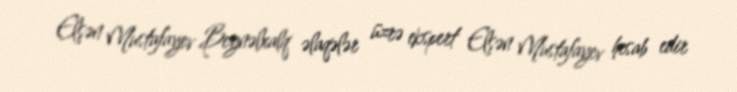
Elşən Mustafayev Beynəlxalq əlaqələr üzrə ekspert Elşən Mustafayev hesab edir